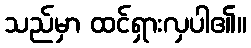
သည်မှာ ထင်ရှားလှပါ၏။